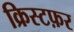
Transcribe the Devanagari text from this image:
क्रिस्टफ़र